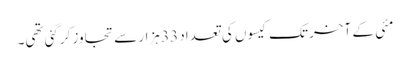
مئی کے آخر تک کیسوں کی تعداد 33 ہزار سے تجاوز کرگئی تھی۔